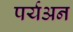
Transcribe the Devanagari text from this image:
पर्यअन